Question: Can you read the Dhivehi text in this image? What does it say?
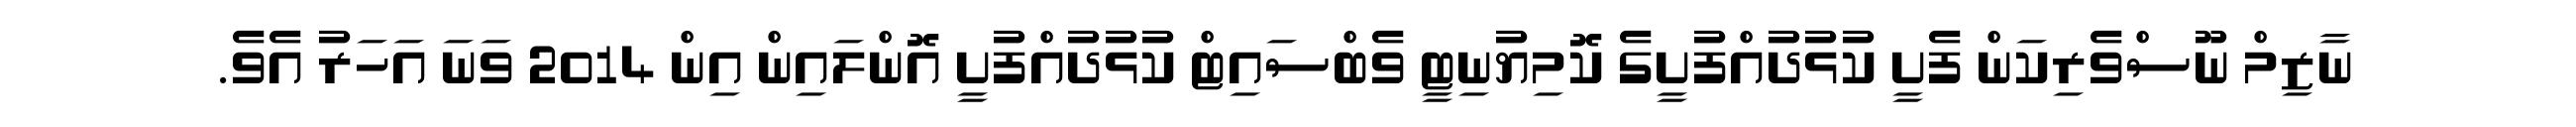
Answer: ނާޒިމް ނޫސްވެރިކަން ފެށީ ކުޅުދުއްފުށީގެ ކޮމިޔުނިޓީ ވެބްސައިޓް ކުޅުދުއްފުށީ އޮންލައިން އިން 2014 ވަނަ އަހަރު އެވެ.